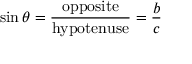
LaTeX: \sin \theta = { \frac { \mathrm { o p p o s i t e } } { \mathrm { h y p o t e n u s e } } } = { \frac { b } { c } }